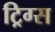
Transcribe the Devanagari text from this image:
ट्रिग्स